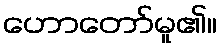
ဟောတော်မူ၏။